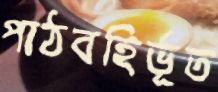
পাঠবহির্ভূত